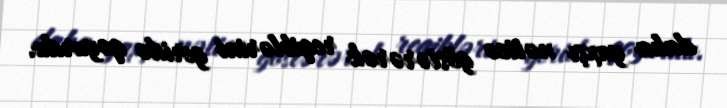
daha yaxşı nəticə göstərərək reqiblərini geridə qoyurdu.